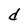
Character: d